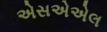
એસએએલ